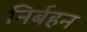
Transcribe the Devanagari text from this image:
निर्बहन